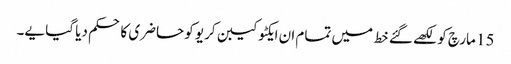
15 مارچ کو لکھے گئے خط میں تمام ان ایکٹو کیبن کریو کو حاضری کا حکم دیا گیا یے۔